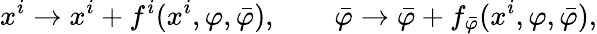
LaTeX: x^{i}\to x^{i}+f^{i}(x^{i},\varphi,\bar{\varphi}),\qquad\bar{\varphi}\to\bar{\varphi}+f_{\bar{\varphi}}(x^{i},\varphi,\bar{\varphi}),